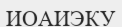
ИОАИЭКУ